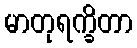
မာတုရက္ခိတာ